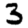
Digit: 3